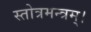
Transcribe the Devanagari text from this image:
स्तोत्रमन्त्रम्।